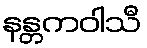
နန္တကဝါသီ